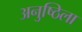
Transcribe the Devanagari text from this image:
अनुष्ठिला